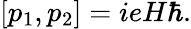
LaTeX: [p_{1},p_{2}]=ieH\hbar.